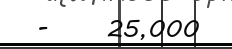
-     25